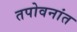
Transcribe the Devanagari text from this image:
तपोवनांत